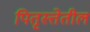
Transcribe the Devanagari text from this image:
पितृस्त्तेतील